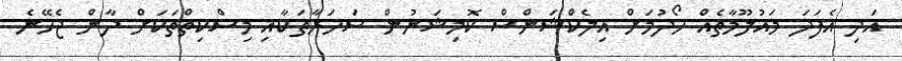
އަދި އެފަދަ މައުލޫމާތެއް ހޯދުމަށް އިލެކްޝަންސް ކޮމިޝަނުން ސަހަރާތަކާއި މިސްކިތްތަކަށް ދާން ޖެހޭނެ